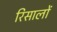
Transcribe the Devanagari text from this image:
रिसालों